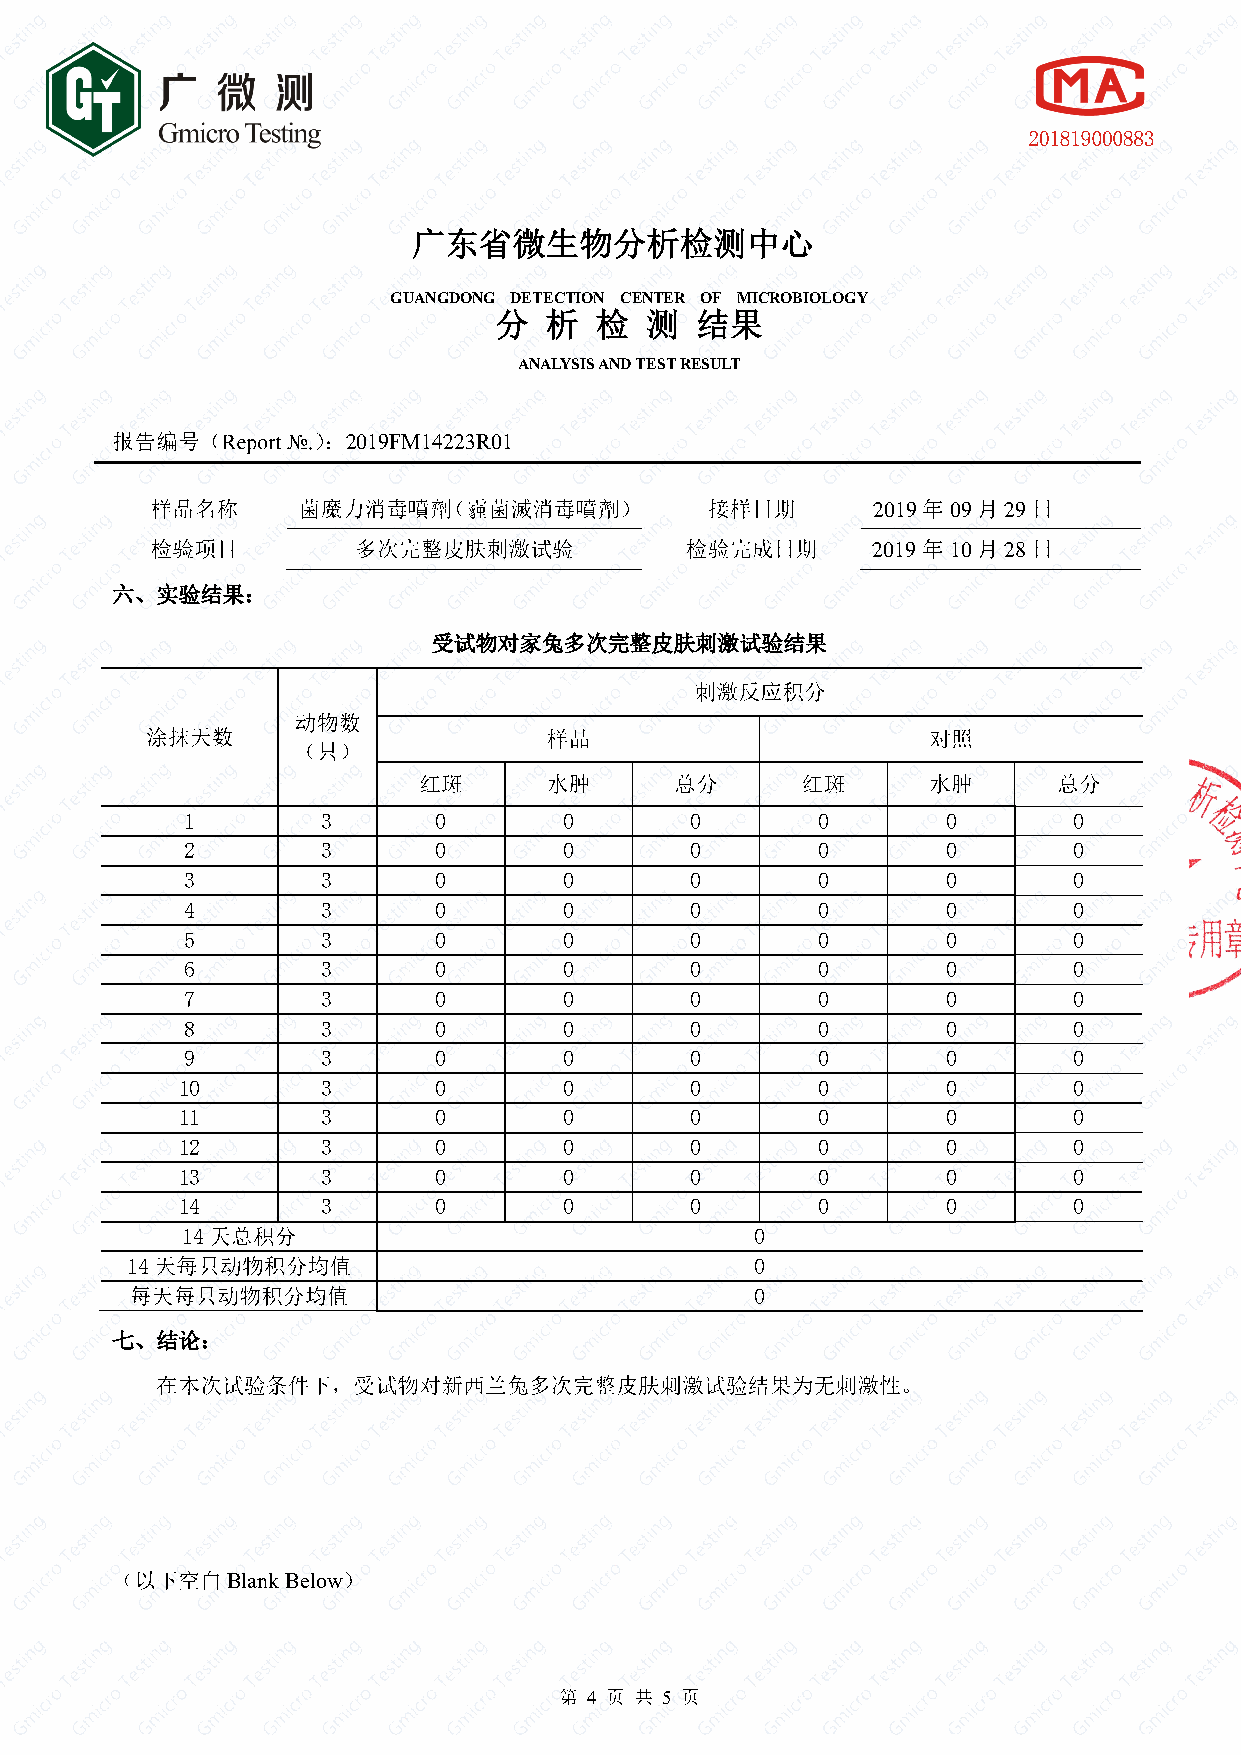
GUANGDONG DETECTION CENTER OF MICROBIOLOGY
 ANALYSIS AND TEST RESULT
 2019FM14223R01
 2019 09 29
 2019 10 28
 1        3       0       0        0       0        0       0
 2        3       0       0        0       0        0       0
 3        3       0       0        0       0        0       0
 4        3       0       0        0       0        0       0
 5        3       0       0        0       0        0       0
 6        3       0       0        0       0        0       0
 7        3       0       0        0       0        0       0
 8        3       0       0        0       0        0       0
 9        3       0       0        0       0        0       0
 10       3       0       0        0       0        0       0
 11       3       0       0        0       0        0       0
 12       3       0       0        0       0        0       0
 13       3       0       0        0       0        0       0
 14       3       0       0        0       0        0       0
 14                                    0
 14                                        0
 0
 Blank Below
 4    5